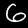
Digit: 6